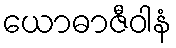
ယောဓာဇီဝါနံ